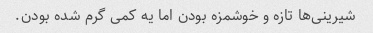
شیرینی‌ها تازه و خوشمزه بودن اما یه کمی گرم شده بودن.